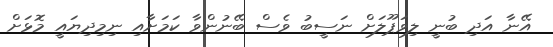
އޭނާ އަދި ބުނީ ލިވަޕޫލަށް ނަސީބު ވެސް ބޭނުންވާ ކަމަށާއި ނިމިދިޔައީ މޮޅަށް